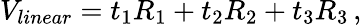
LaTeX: V_{linear}=t_{1}R_{1}+t_{2}R_{2}+t_{3}R_{3}\, ,